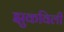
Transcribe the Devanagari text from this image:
झुकविली